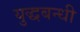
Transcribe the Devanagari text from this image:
युद्धबन्धी